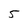
Character: 5